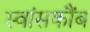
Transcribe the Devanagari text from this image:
स्वांसकौंब